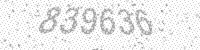
Solution: 839636